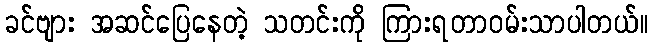
ခင်ဗျား အဆင်ပြေနေတဲ့ သတင်းကို ကြားရတာဝမ်းသာပါတယ်။